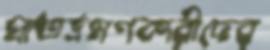
প্রাতর্ভ্রমণকারীদের